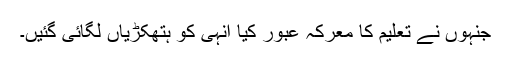
جنہوں نے تعلیم کا معرکہ عبور کیا انہی کو ہتھکڑیاں لگائی گئیں۔